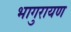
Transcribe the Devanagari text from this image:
भागुरायण